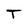
Character: T